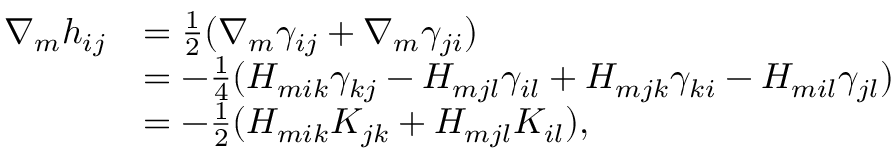
\begin{array} { r l } { \nabla _ { m } h _ { i j } } & { = \frac { 1 } { 2 } ( \nabla _ { m } \gamma _ { i j } + \nabla _ { m } \gamma _ { j i } ) } \\ & { = - \frac { 1 } { 4 } ( H _ { m i k } \gamma _ { k j } - H _ { m j l } \gamma _ { i l } + H _ { m j k } \gamma _ { k i } - H _ { m i l } \gamma _ { j l } ) } \\ & { = - \frac { 1 } { 2 } ( H _ { m i k } K _ { j k } + H _ { m j l } K _ { i l } ) , } \end{array}